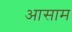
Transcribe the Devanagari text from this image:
अासाम